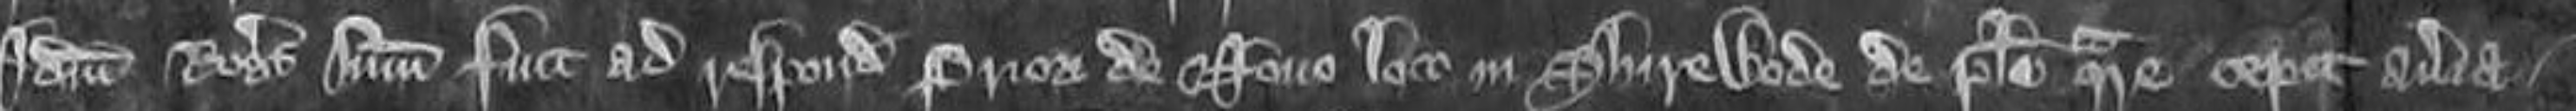
Idem Rogerus summonitus fuit ad respondendum Priori de Novo Loco in Shirewode de placito quare cepit averia